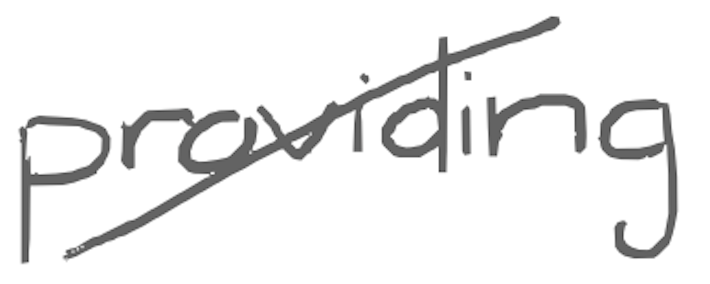
Text: providing
Cross-out: diagonal
Writing tool: digital_gray